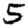
Digit: 5